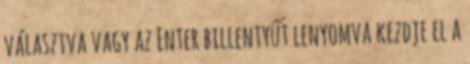
választva vagy az Enter billentyűt lenyomva kezdje el a